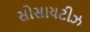
સોસાયટીઝ